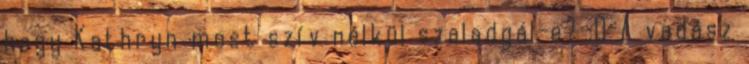
hogy Kathryn most szív nélkül szaladgál-e? :D A vadász